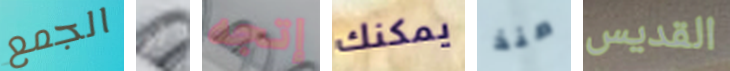
الجمع لو إتجه يمكنك منذ القديس